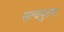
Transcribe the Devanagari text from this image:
सत्यपुरुष